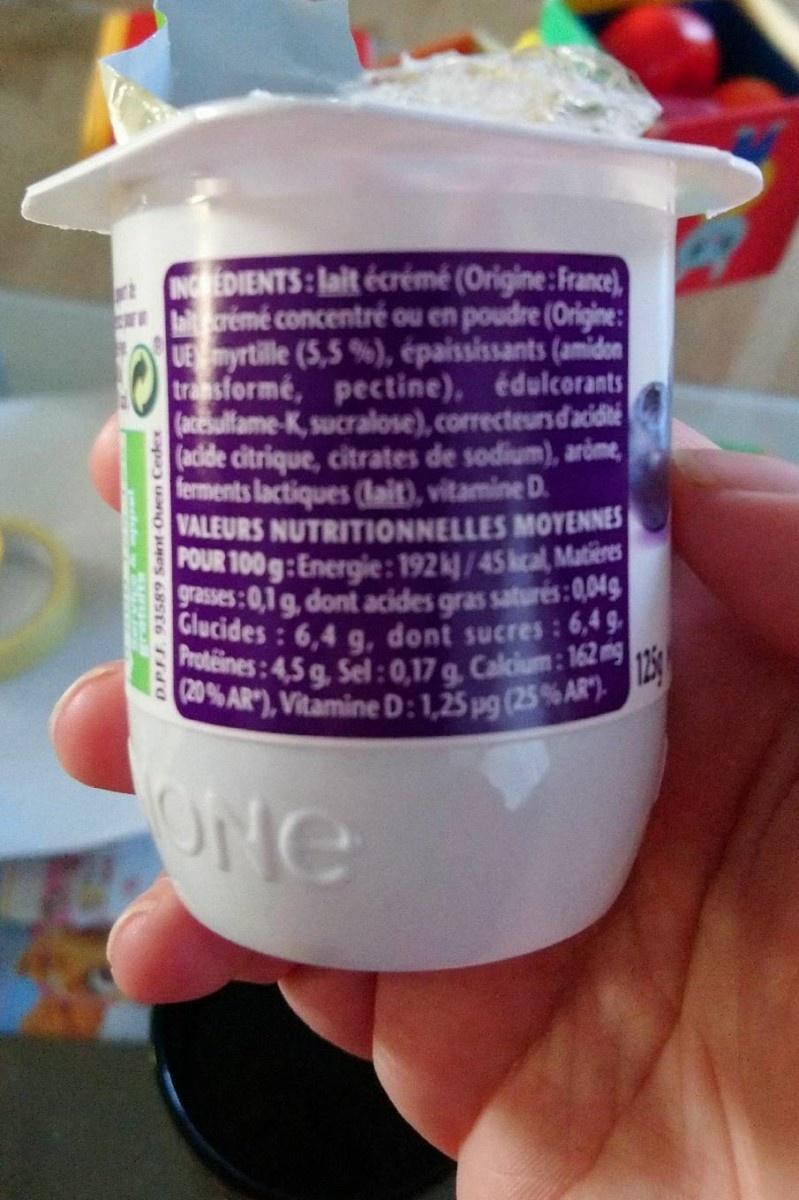
t INEDIENTS:lait écrémé (Origine:France) crémé concentré ou en poudre (Origine: UEmyrtille (5,5 %), épaississants (amidon transformé, pectine), édulcorants (acEsulfame-K, sucralose), correcteursdacidté (acide citrique, citrates de sodium), aróme, ferments lactiques (lait), vitamine D. VALEURS NUTRITIONNELLES MOYENNES FOUR 100g:Energie: 192k/45kcal, Matieres grasses:0,1 g, dont acides gras saturés:0,04g Glucides: 6,4 g, dont sucres:6,4 9. Proteines: 4,5 g, Sel:0,17 g, Calcium: 162 mg 20% AR"), Vitamine D:1,25 pg (25 % AR).E ONe D.P.F.F. 93589 Saint Ouen Cedex